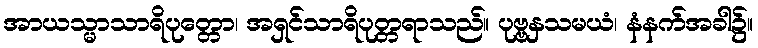
အာယသ္မာသာရိပုတ္တော၊ အရှင်သာရိပုတ္တရာသည်။ ပုဗ္ဗနှသမယံ၊ နံနက်အခါ၌။